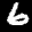
Label: 6